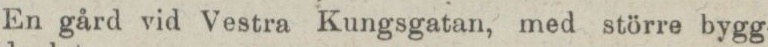
En gård vid Vestra Kungsgatan, med större bygg-